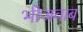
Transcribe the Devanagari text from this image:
भीजवाब